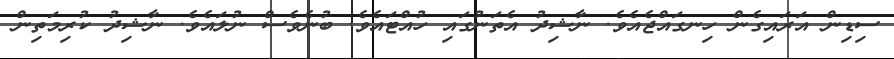
ސިޑިން އަރައިގެން ހިނގައްޖެއެވެ. ނާޝިދު އެތަނުގައި ހުއްޓައެވެ. ބުނެވެސް ނުލައެވެ. ނާޝިދު ކުރިމަތިން